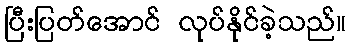
ပြီးပြတ်အောင် လုပ်နိုင်ခဲ့သည်။